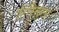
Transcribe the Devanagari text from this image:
हिरिस्टुला